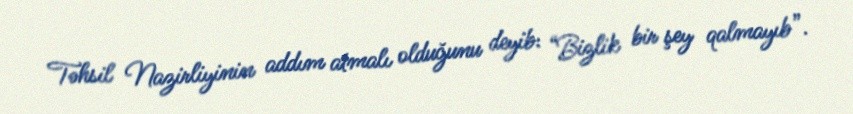
Təhsil Nazirliyinin addım atmalı olduğunu deyib: “Bizlik bir şey qalmayıb”.